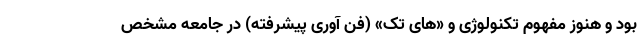
بود و هنوز مفهوم تکنولوژی و «های تک» (فن آوری پیشرفته) در جامعه مشخص